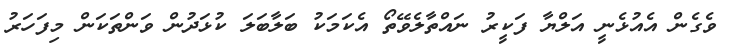
ވެގެން އެއުޅެނީ އަލްޔާ ފަކީރު ނައްތާލެވޭތޯ އެކަމަކު ބަލާބަލަ ކުޅަދުން ވަންތަކަން މިފަހަރު